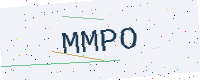
Text: MMPO